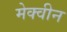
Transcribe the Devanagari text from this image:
मेक्वीन